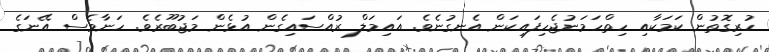
ހުރިގޮތުން ކަމަކާއި ހިތްހަމަނުޖެހިފައިކަން އެނގުނެވެ. އައިމަލް ރުއްސައިގެން އުޅެން މަޖުބޫރެވެ. ހަނާވެސް އޭނަގެ